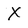
Character: x